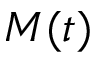
M ( t )